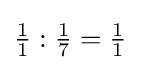
{\tfrac {1}{1}}:{\tfrac {1}{7}}={\tfrac {1}{1}}